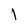
Character: 1